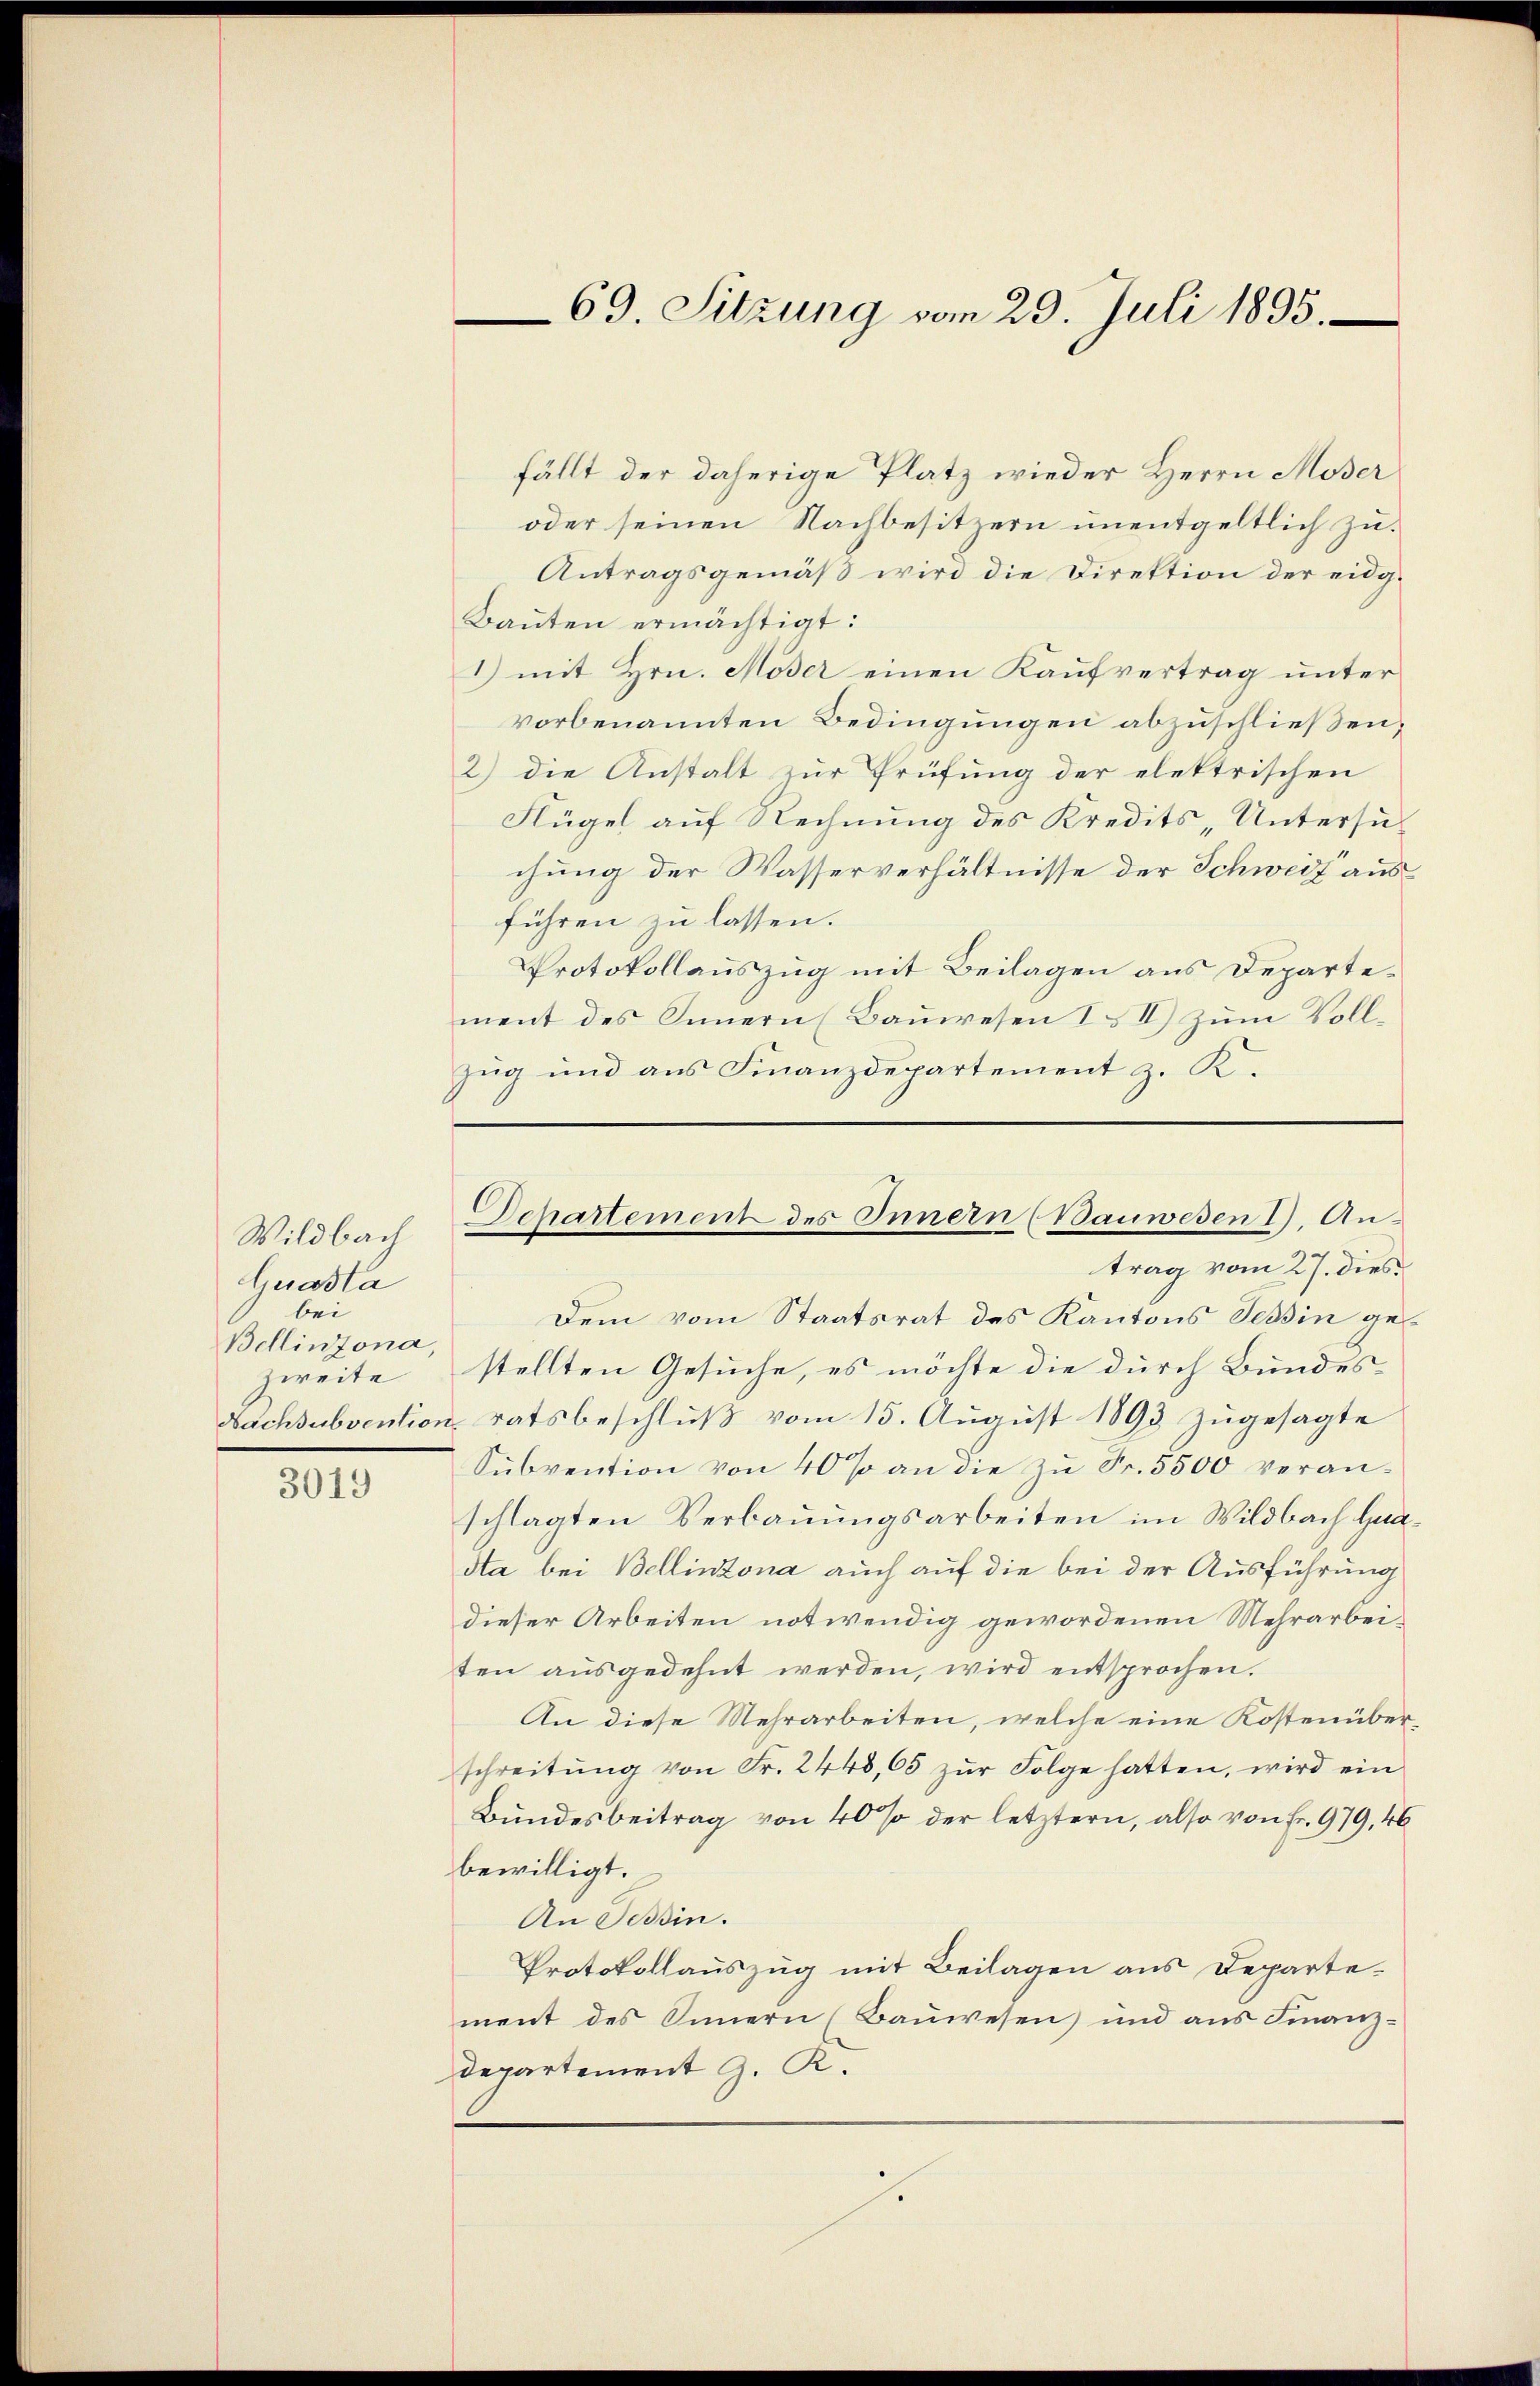
Wildbach
Guasta
bei
Bellinzona,
zweite

3019

69. Sitzung vom 29. Juli 1895.

fällt der daherige Platz wieder Herrn Moser
oder seinen Nachbesitzern unentgeltlich zu.
Antragsgemäß wird die Direktion der eidg¬
Baŭten ermächtigt:
I) mit Hrn. Möser einen Kaufvertrag unter
vorbenannten Bedingungen abzuschließen,
2) die Anstalt zur Prüfung der elektrischen
Flügel auf Rechnung des Kredits, Untersuchung der Wasserverhältnisse der Schweiz aus
führen zu lassen.
Protokollauszug mit Beilagen aus Departement des Innern (Bauwesen III) zum Vollzug und aus Finanzdepartement z. K.

Departement des Innern (Bauwesen 1). An¬

trag vom 27. dies
Dem vom Staatsrat des Kantons Tessin gestellten Gesuche, es möchte die durch Bundes¬
Nachsubvention, ratsbeschluß vom 15. August 1893 zugesagte
Subvention von 40% an die zu Fr. 5500 veranschlagten Verbauungsarbeiten im Wildbach Han¬
Sta bei Bellinzona auch auf die bei der Ausführung
dieser Arbeiten notwendig gewordenen Mehrarbeiten ausgedehnt werden, wird entsprochen.
An diese Mehrarbeiten, welche eine Kostenüberschreitŭng von Fr. 2448, 65 zŭr Folge hatten, wird ein
Bundesbeitrag von 40% der letztern, also von Fr. 979,46
bewilligt.
An Tessin.
Protokollauszug mit Beilagen aus Departement des Innern (Bauwesen und aus Finanzdepartement J. R.